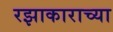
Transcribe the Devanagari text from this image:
रझाकाराच्या